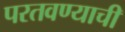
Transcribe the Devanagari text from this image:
परतवण्याची